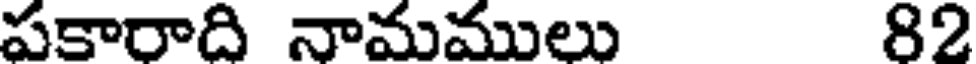
పకారాది నామములు 82